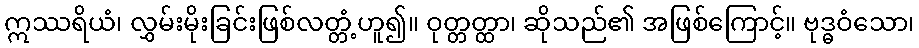
ဣဿရိယံ၊ လွှမ်းမိုးခြင်းဖြစ်လတ္တံ့ဟူ၍။ ဝုတ္တတ္ထာ၊ ဆိုသည်၏ အဖြစ်ကြောင့်။ ဗုဒ္ဓဝံသော၊